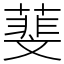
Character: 𦻔